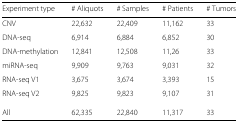
| Experiment type | # Aliquots | # Samples | # Patients | # Tumors |
 | --- | --- | --- | --- | --- |
 | CNV | 22,632 | 22,409 | 11,162 | 33 |
 | DNA-seq | 6,914 | 6,884 | 6,852 | 30 |
 | DNA-methylation | 12,841 | 12,508 | 11,26 | 33 |
 | miRNA-seq | 9,909 | 9,763 | 9,031 | 32 |
 | RNA-seq V1 | 3,675 | 3,674 | 3,393 | 15 |
 | RNA-seq V2 | 9,825 | 9,823 | 9,107 | 31 |
 | All | 62,335 | 22,840 | 11,317 | 33 |